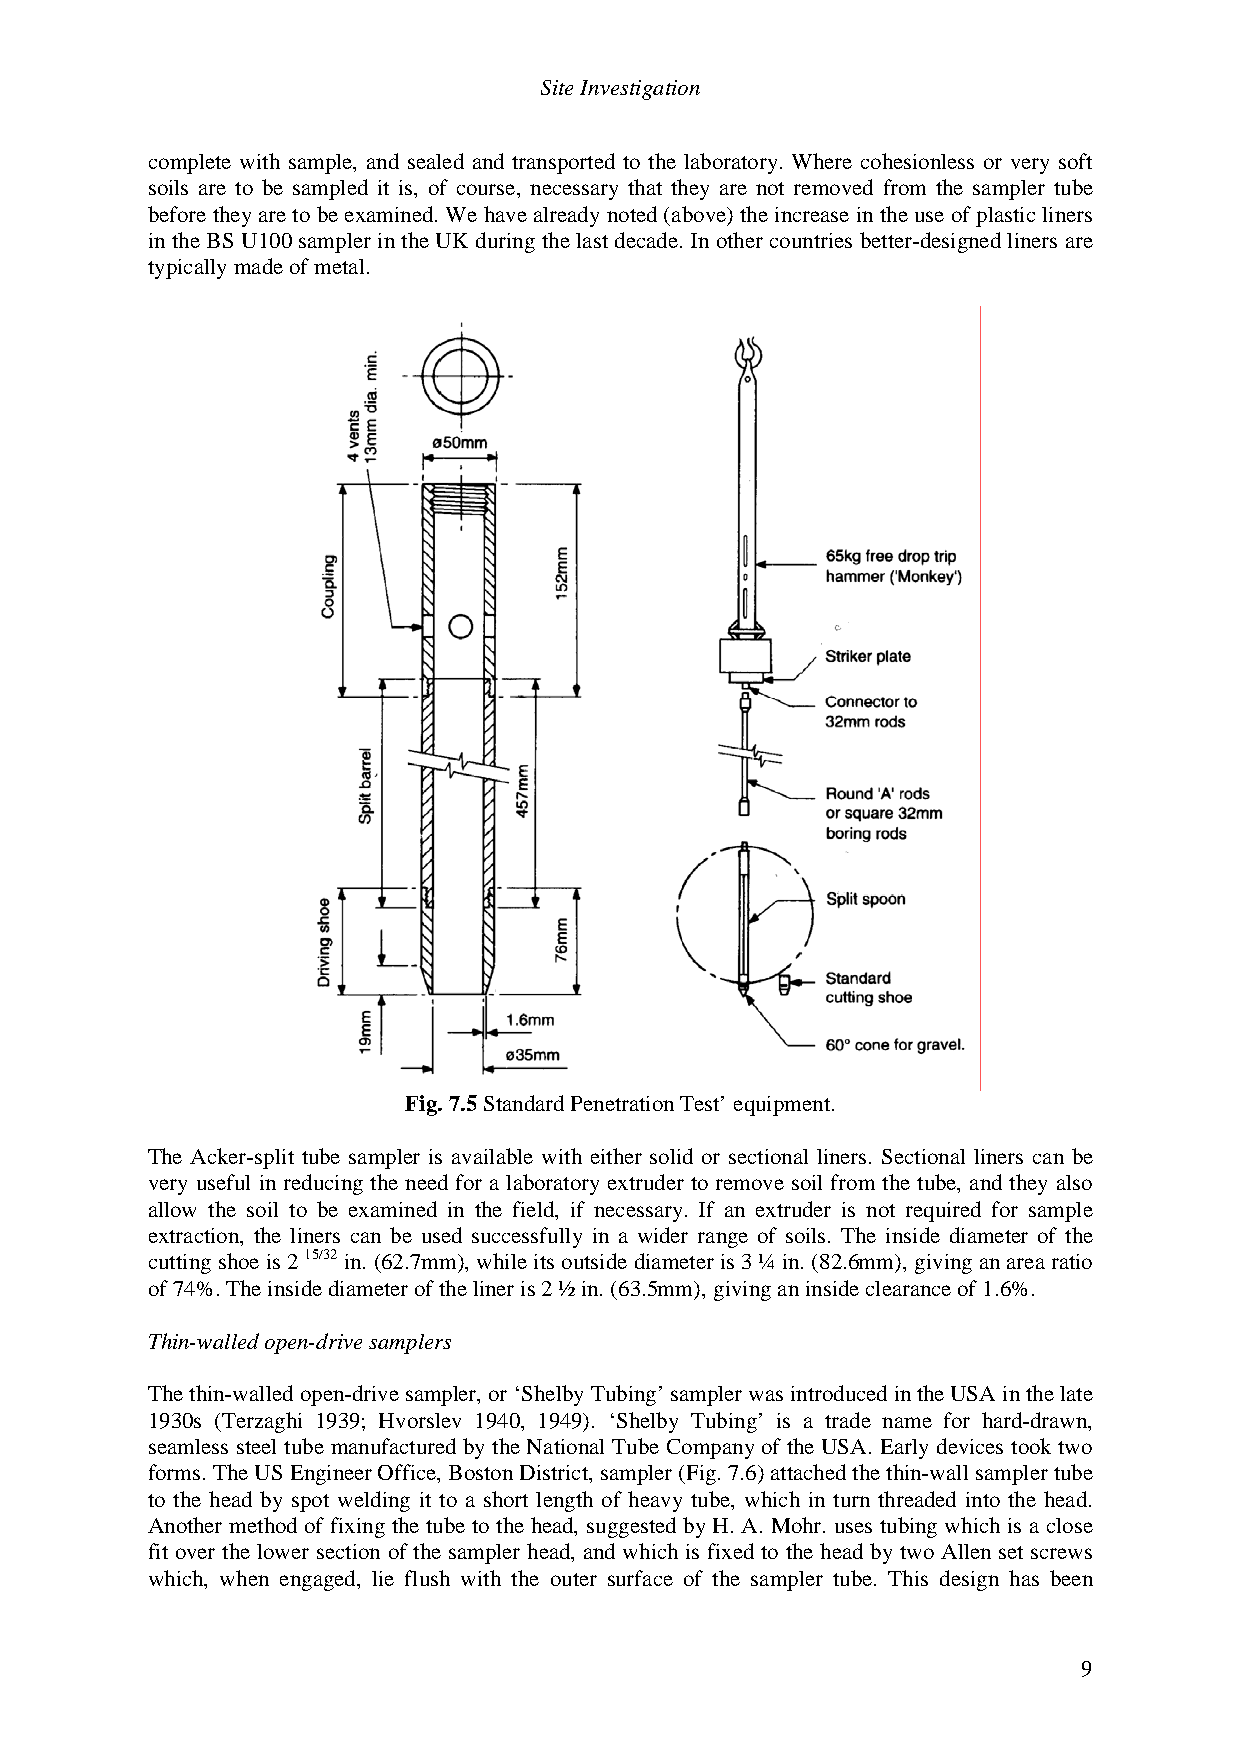
Site Investigation
 complete with sample, and sealed and transported to the laboratory. Where cohesionless or very soft
 soils are to be sampled it is, of course, necessary that they are not removed from the sampler tube
 before they are to be examined. We have already noted (above) the increase in the use of plastic liners
 in the BS U100 sampler in the UK during the last decade. In other countries better-designed liners are
 typically made of metal.
 Fig. 7.5 Standard Penetration Test’ equipment.
 The Acker-split tube sampler is available with either solid or sectional liners. Sectional liners can be
 very useful in reducing the need for a laboratory extruder to remove soil from the tube, and they also
 allow the soil to be examined in the field, if necessary. If an extruder is not required for sample
 extraction, the liners can be used successfully in a wider range of soils. The inside diameter of the
 cutting shoe is 2 15/32 in. (62.7mm), while its outside diameter is 3 ¼ in. (82.6mm), giving an area ratio
 of 74%. The inside diameter of the liner is 2 ½ in. (63.5mm), giving an inside clearance of 1.6%.
 Thin-walled open-drive samplers
 The thin-walled open-drive sampler, or ‘Shelby Tubing’ sampler was introduced in the USA in the late
 1930s (Terzaghi 1939; Hvorslev 1940, 1949). ‘Shelby Tubing’ is a trade name for hard-drawn,
 seamless steel tube manufactured by the National Tube Company of the USA. Early devices took two
 forms. The US Engineer Office, Boston District, sampler (Fig. 7.6) attached the thin-wall sampler tube
 to the head by spot welding it to a short length of heavy tube, which in turn threaded into the head.
 Another method of fixing the tube to the head, suggested by H. A. Mohr. uses tubing which is a close
 fit over the lower section of the sampler head, and which is fixed to the head by two Allen set screws
 which, when engaged, lie flush with the outer surface of the sampler tube. This design has been
 9